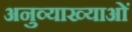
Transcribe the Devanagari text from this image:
अनुव्याख्याओं